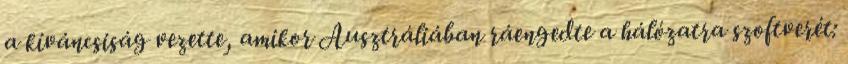
a kíváncsiság vezette, amikor Ausztráliában ráengedte a hálózatra szoftverét: